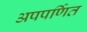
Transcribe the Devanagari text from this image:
अपपर्णित